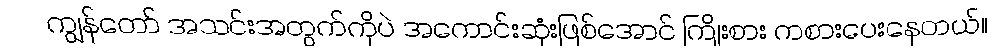
ကျွန်တော် အသင်းအတွက်ကိုပဲ အကောင်းဆုံးဖြစ်အောင် ကြိုးစား ကစားပေးနေတယ်။